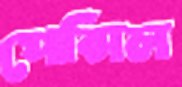
পেন্সিল